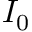
I _ { 0 }